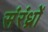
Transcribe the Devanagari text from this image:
संरंध्रों